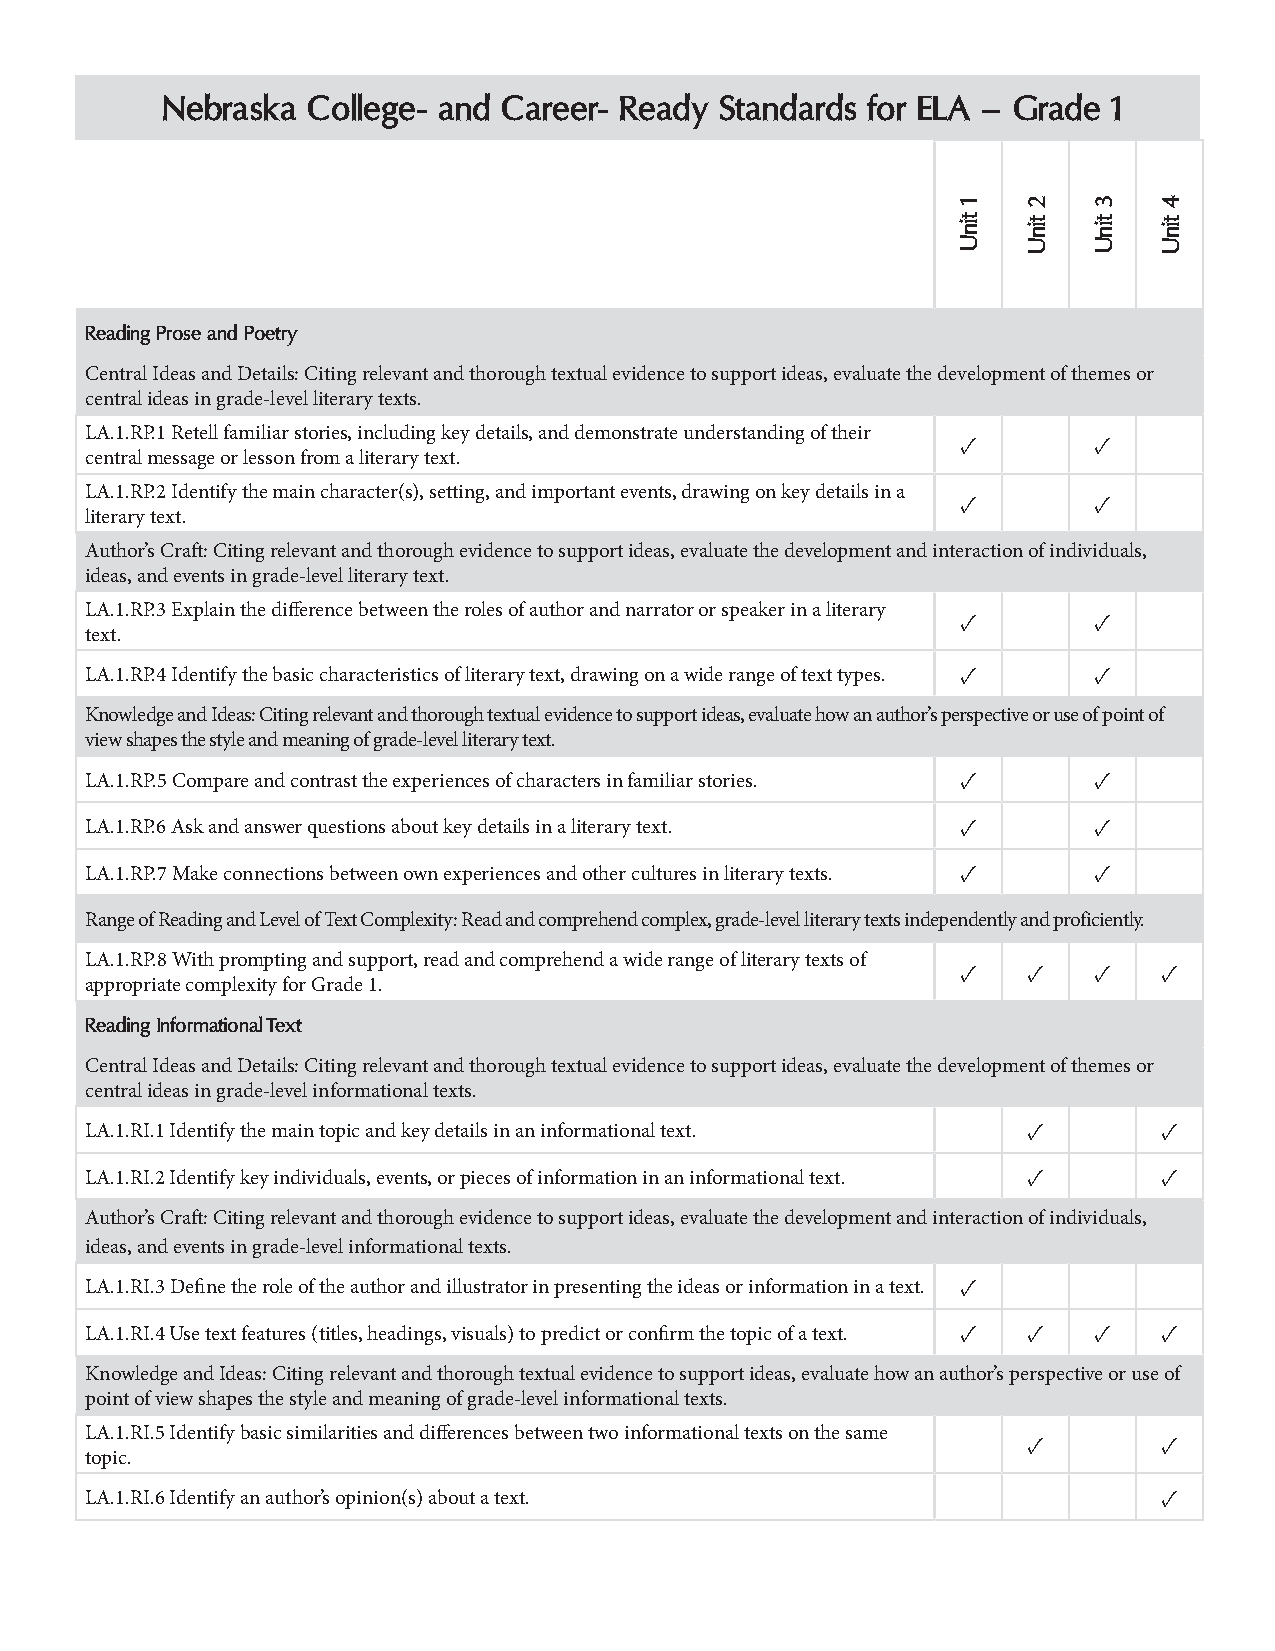
Nebraska College- and Career- Ready  Standards for ELA – Grade 1
 Reading Prose and Poetry
 Central Ideas and Details: Citing relevant and thorough textual evidence to support ideas, evaluate the development of themes or
 central ideas in grade-level literary texts.
 LA.1.RP.1 Retell familiar stories, including key details, and demonstrate understanding of their
 ✓       ✓
 central message or lesson from a literary text.
 LA.1.RP.2 Identify the main character(s), setting, and important events, drawing on key details in a
 ✓       ✓
 literary text.
 Author’s Craft: Citing relevant and thorough evidence to support ideas, evaluate the development and interaction of individuals,
 ideas, and events in grade-level literary text.
 LA.1.RP.3 Explain the difference between the roles of author and narrator or speaker in a literary
 ✓       ✓
 text.
 LA.1.RP.4 Identify the basic characteristics of literary text, drawing on a wide range of text types. ✓ ✓
 Knowledge and Ideas: Citing relevant and thorough textual evidence to support ideas, evaluate how an author’s perspective or use of point of
 view shapes the style and meaning of grade-level literary text.
 LA.1.RP.5 Compare and contrast the experiences of characters in familiar stories. ✓ ✓
 LA.1.RP.6 Ask and answer questions about key details in a literary text. ✓ ✓
 LA.1.RP.7 Make connections between own experiences and other cultures in literary texts. ✓ ✓
 Range of Reading and Level of Text Complexity: Read and comprehend complex, grade-level literary texts independently and proficiently.
 LA.1.RP.8 With prompting and support, read and comprehend a wide range of literary texts of
 ✓   ✓   ✓    ✓
 appropriate complexity for Grade 1.
 Reading Informational Text
 Central Ideas and Details: Citing relevant and thorough textual evidence to support ideas, evaluate the development of themes or
 central ideas in grade-level informational texts.
 LA.1.RI.1 Identify the main topic and key details in an informational text. ✓ ✓
 LA.1.RI.2 Identify key individuals, events, or pieces of information in an informational text. ✓ ✓
 Author’s Craft: Citing relevant and thorough evidence to support ideas, evaluate the development and interaction of individuals,
 ideas, and events in grade-level informational texts.
 LA.1.RI.3 Define the role of the author and illustrator in presenting the ideas or information in a text. ✓
 LA.1.RI.4 Use text features (titles, headings, visuals) to predict or confirm the topic of a text. ✓ ✓ ✓ ✓
 Knowledge and Ideas: Citing relevant and thorough textual evidence to support ideas, evaluate how an author’s perspective or use of
 point of view shapes the style and meaning of grade-level informational texts.
 LA.1.RI.5 Identify basic similarities and differences between two informational texts on the same
 ✓        ✓
 topic.
 LA.1.RI.6 Identify an author’s opinion(s) about a text.                ✓
 1
 tinU
 2
 tinU
 3
 tinU
 4
 tinU